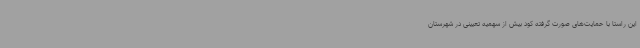
این راستا با حمایت‌های صورت گرفته کود بیش از سهمیه تعیینی در شهرستان